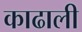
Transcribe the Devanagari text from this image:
काढाली